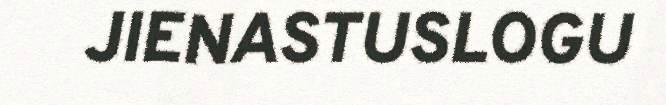
JIENASTUSLOGU